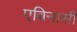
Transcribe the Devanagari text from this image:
एबिनासी